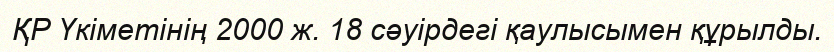
ҚР Үкіметінің 2000 ж. 18 сәуірдегі қаулысымен құрылды.